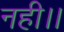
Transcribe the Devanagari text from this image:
नही।।